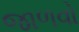
જાળવો